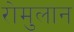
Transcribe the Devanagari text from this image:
रोमुलान